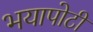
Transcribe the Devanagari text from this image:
भयापोटी